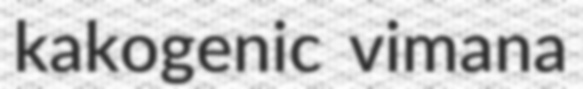
kakogenic vimana